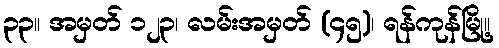
၃၃။ အမှတ် ၁၂၃၊ လမ်းအမှတ် (၄၅)၊ ရန်ကုန်မြို့။